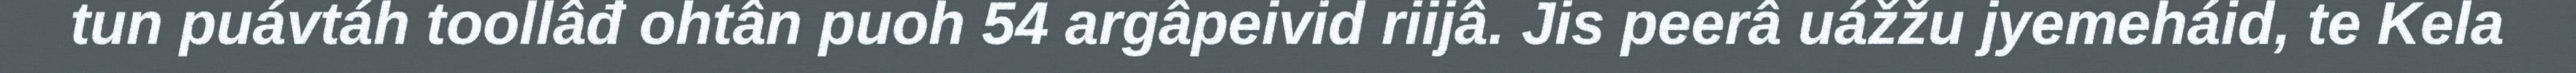
tun puávtáh toollâđ ohtân puoh 54 argâpeivid riijâ. Jis peerâ uážžu jyemeháid, te Kela